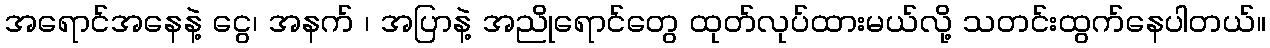
အရောင်အနေနဲ့ ငွေ၊ အနက် ၊ အပြာနဲ့ အညိုရောင်တွေ ထုတ်လုပ်ထားမယ်လို့ သတင်းထွက်နေပါတယ်။